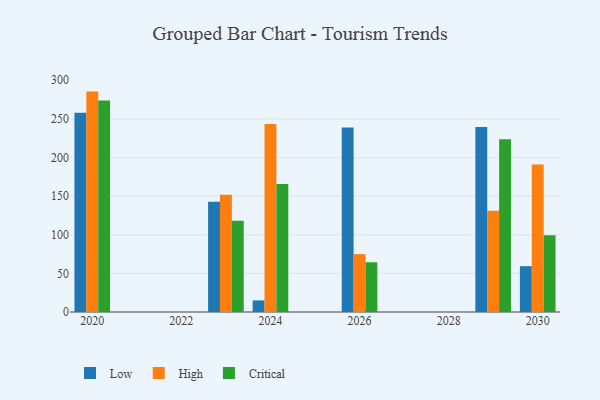
{"axis": {"x": "Year", "y": "LTV (USD)"}, "legend": ["Critical", "High", "Low"], "data": [{"x": "2030", "y": 59.3, "type": "Low"}, {"x": "2030", "y": 191.0, "type": "High"}, {"x": "2030", "y": 99.3, "type": "Critical"}, {"x": "2026", "y": 238.7, "type": "Low"}, {"x": "2026", "y": 74.9, "type": "High"}, {"x": "2026", "y": 64.4, "type": "Critical"}, {"x": "2024", "y": 15.0, "type": "Low"}, {"x": "2024", "y": 243.3, "type": "High"}, {"x": "2024", "y": 165.6, "type": "Critical"}, {"x": "2029", "y": 239.5, "type": "Low"}, {"x": "2029", "y": 131.0, "type": "High"}, {"x": "2029", "y": 223.5, "type": "Critical"}, {"x": "2023", "y": 142.7, "type": "Low"}, {"x": "2023", "y": 151.7, "type": "High"}, {"x": "2023", "y": 118.1, "type": "Critical"}, {"x": "2020", "y": 258.0, "type": "Low"}, {"x": "2020", "y": 285.3, "type": "High"}, {"x": "2020", "y": 273.7, "type": "Critical"}]}